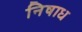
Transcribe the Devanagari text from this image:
निषाध